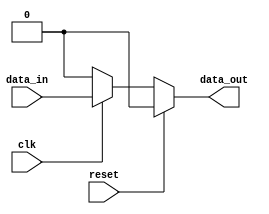
module behavioral_modeling_block(
    input wire clk,
    input wire reset,
    input wire data_in,
    output reg data_out
);

initial begin
    // initializing variables
    data_out = 0;

    // setting initial conditions
    if (reset) begin
        data_out <= 0;
    end else begin
        // processing logic
        if (clk) begin
            data_out <= data_in;
        end
    end
end

endmodule